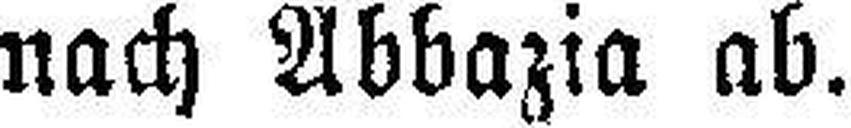
nach Abbazia ab.